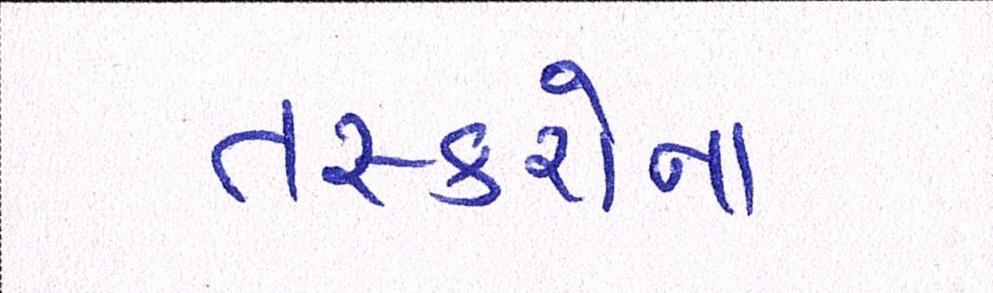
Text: તસ્કરોના